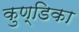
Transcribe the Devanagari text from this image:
कुण्डिका